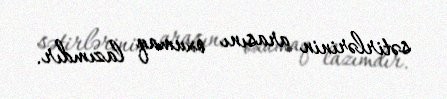
sətirlərinin arasını oxumaq lazımdır.